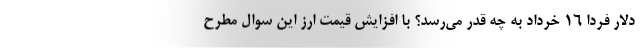
دلار فردا ۱۶ خرداد به چه قدر می‌رسد؟ با افزایش قیمت ارز این سوال مطرح